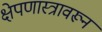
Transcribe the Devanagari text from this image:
क्षेपणास्त्रावरून